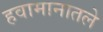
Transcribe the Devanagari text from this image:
हवामानातले